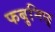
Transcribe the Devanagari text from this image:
फबुनिछ्